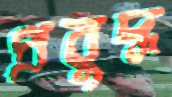
প্রবুদ্ধ